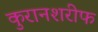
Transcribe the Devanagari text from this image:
कुरानशरीफ